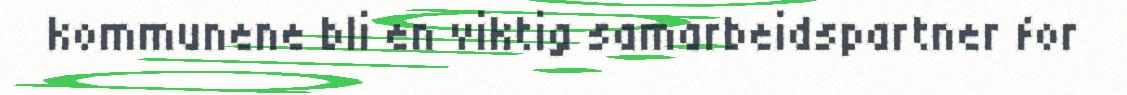
kommunene bli en viktig samarbeidspartner for